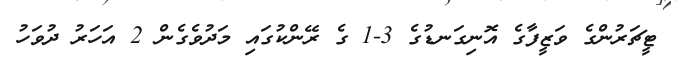
ޓީޗަރުންގެ ވަޒީފާގެ އޮނިގަނޑުގެ 3-1 ގެ ރޭންކުގައި މަދުވެގެން 2 އަހަރު ދުވަހު